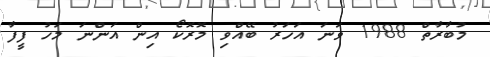
މުބާރާތް 1988 ވަނަ އަހަރު ބޭއްވި މޮރޮކޯ އިން އަންނަ މަހު ފީފާ